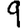
Digit: 9